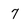
Character: 7